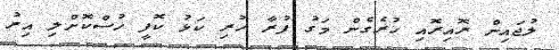
ލުޖައިން ރޮއިރޮއި ހުރެގެން މަގު ފުރާ ހުރި ކަޅު ކޮފީ ހުސްކޮށްލި އިރު